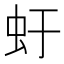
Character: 虶